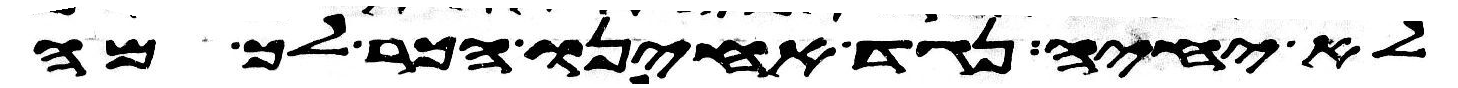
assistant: לא יחיה נגד אחינו הכר לך מה